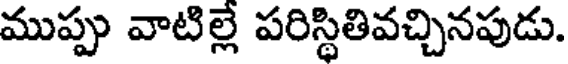
ముప్పు వాటిల్లే పరిస్థితివచ్చినపుడు.